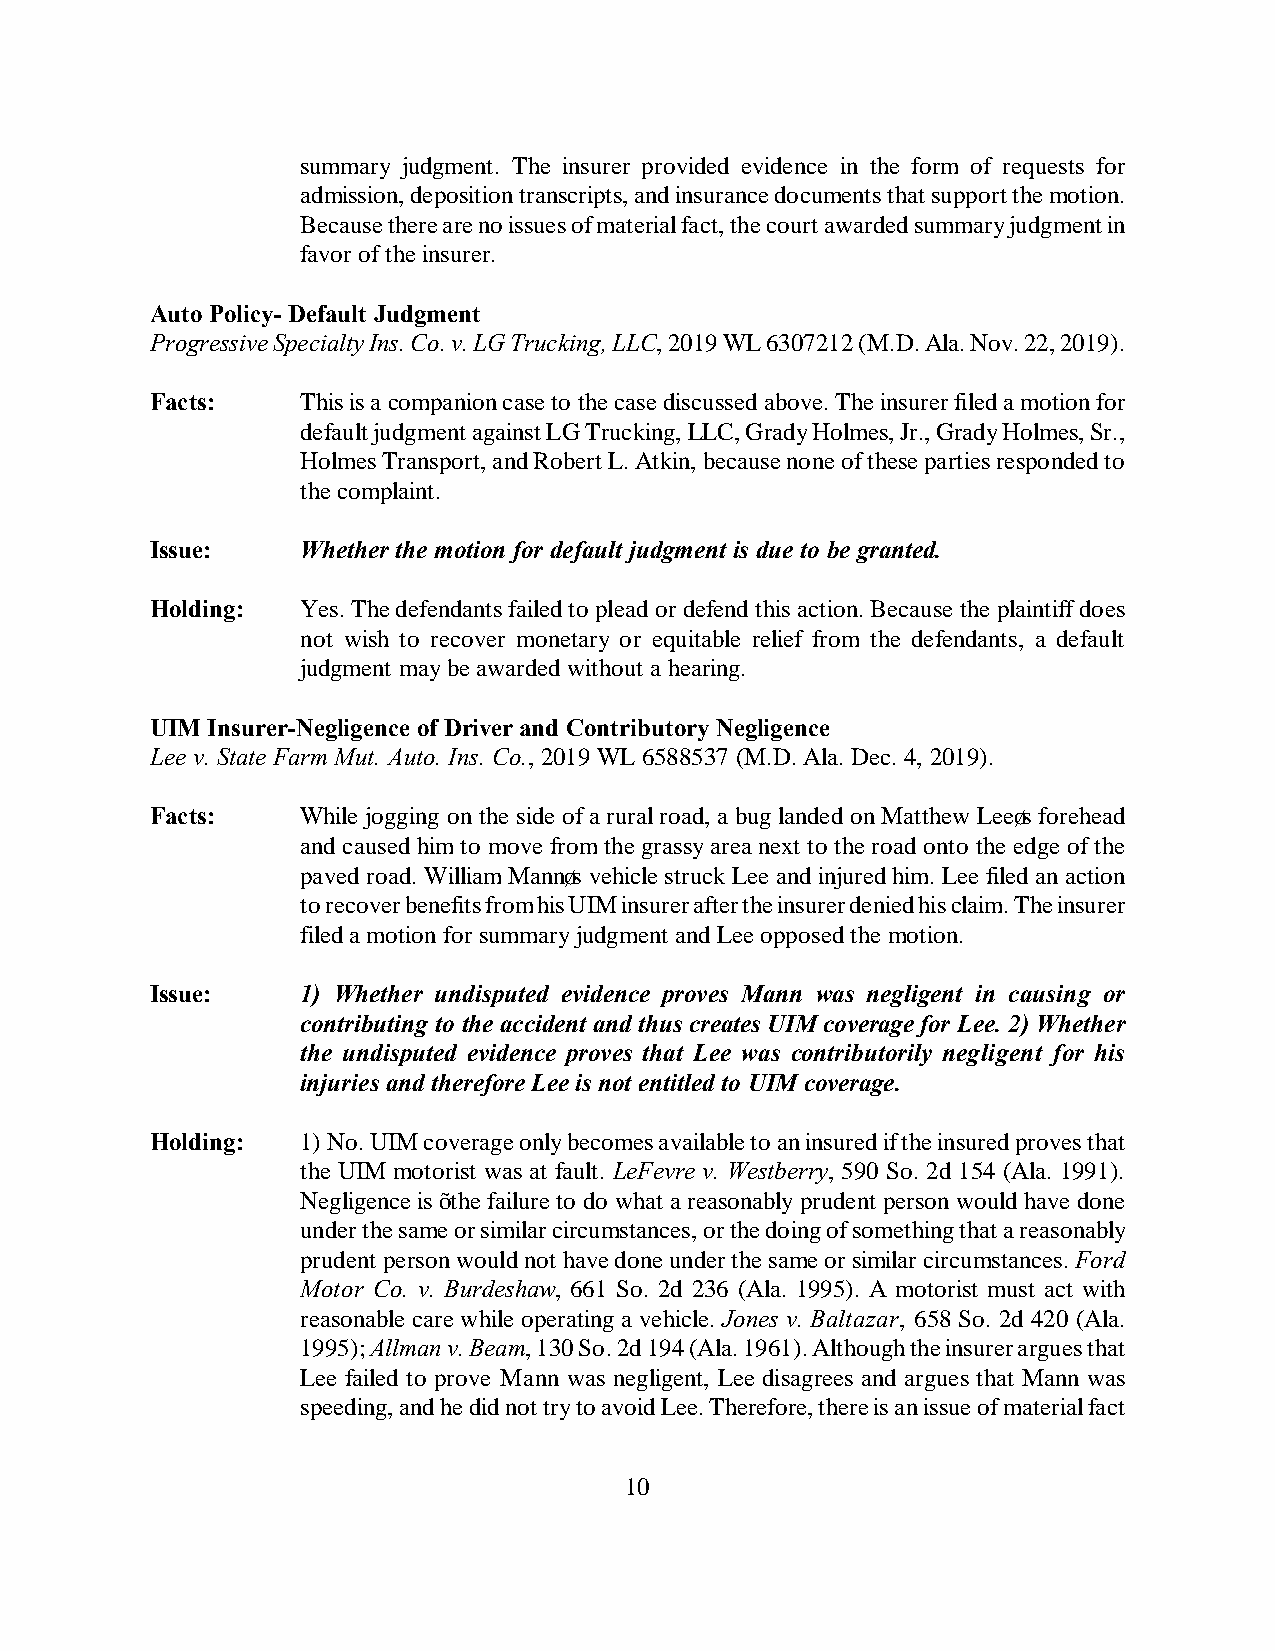
summary judgment. The insurer provided evidence in the form of requests for
 admission, deposition transcripts, and insurance documents that support the motion.
 Because there are no issues of material fact, the court awarded summary judgment in
 favor of the insurer.
 Auto Policy- Default Judgment
 Progressive Specialty Ins. Co. v. LG Trucking, LLC, 2019 WL 6307212 (M.D. Ala. Nov. 22, 2019).
 Facts:    This is a companion case to the case discussed above. The insurer filed a motion for
 default judgment against LG Trucking, LLC, Grady Holmes, Jr., Grady Holmes, Sr.,
 Holmes Transport, and Robert L. Atkin, because none of these parties responded to
 the complaint.
 Issue:    Whether the motion for default judgment is due to be granted.
 Holding:  Yes. The defendants failed to plead or defend this action. Because the plaintiff does
 not wish to recover monetary or equitable relief from the defendants, a default
 judgment may be awarded without a hearing.
 UIM Insurer-Negligence of Driver and Contributory Negligence
 Lee v. State Farm Mut. Auto. Ins. Co., 2019 WL 6588537 (M.D. Ala. Dec. 4, 2019).
 Facts:    While jogging on the side of a rural road, a bug landed on Matthew Lee’s forehead
 and caused him to move from the grassy area next to the road onto the edge of the
 paved road. William Mann’s vehicle struck Lee and injured him. Lee filed an action
 to recover benefits from his UIM insurer after the insurer denied his claim. The insurer
 filed a motion for summary judgment and Lee opposed the motion.
 Issue:    1) Whether undisputed evidence proves Mann was negligent in causing or
 contributing to the accident and thus creates UIM coverage for Lee. 2) Whether
 the undisputed evidence proves that Lee was contributorily negligent for his
 injuries and therefore Lee is not entitled to UIM coverage.
 Holding:  1) No. UIM coverage only becomes available to an insured if the insured proves that
 the UIM motorist was at fault. LeFevre v. Westberry, 590 So. 2d 154 (Ala. 1991).
 Negligence is “the failure to do what a reasonably prudent person would have done
 under the same or similar circumstances, or the doing of something that a reasonably
 prudent person would not have done under the same or similar circumstances. Ford
 Motor Co. v. Burdeshaw, 661 So. 2d 236 (Ala. 1995). A motorist must act with
 reasonable care while operating a vehicle. Jones v. Baltazar, 658 So. 2d 420 (Ala.
 1995); Allman v. Beam, 130 So. 2d 194 (Ala. 1961). Although the insurer argues that
 Lee failed to prove Mann was negligent, Lee disagrees and argues that Mann was
 speeding, and he did not try to avoid Lee. Therefore, there is an issue of material fact
 10